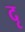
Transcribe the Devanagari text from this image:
दृ